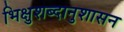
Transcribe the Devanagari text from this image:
भिक्षुशब्दानुशासन